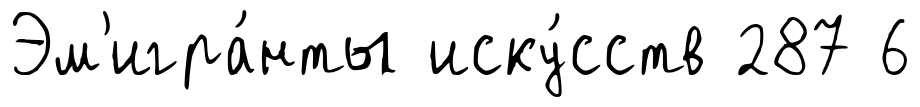
Эм'игра́нты иску́сств 287 6